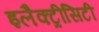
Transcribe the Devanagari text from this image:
इलैक्‍ट्रीसिटी